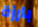
بارزة